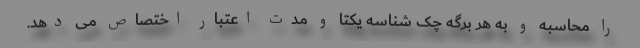
را محاسبه و به هر برگه چک شناسه یکتا و مدت اعتبار اختصاص می دهد.